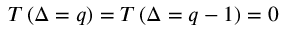
T \left( \Delta = q \right) = T \left( \Delta = q - 1 \right) = 0